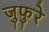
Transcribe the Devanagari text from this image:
जुफुरे